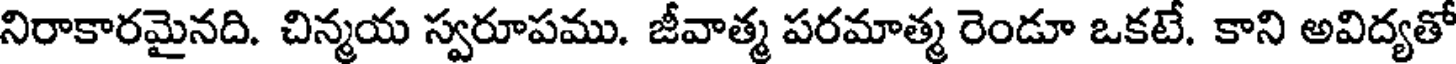
నిరాకారమైనది. చిన్మయ స్వరూపము. జీవాత్మ పరమాత్మ రెండూ ఒకటే. కాని అవిద్యతో